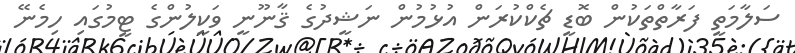
ސަލާމަތީ ފަރާތްތަކުން ބޮޑީ ޗެކްކުރަން އުޅުމުން ނަޝީދުގެ ޤާނޫނީ ވަކީލުންގެ ޓީމުގައި ހިމެނޭ